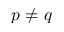
p \neq q